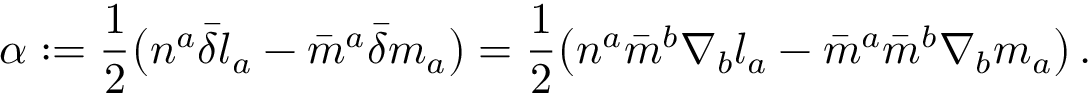
\alpha : = { \frac { 1 } { 2 } } { \big ( } n ^ { a } { \bar { \delta } } l _ { a } - { \bar { m } } ^ { a } { \bar { \delta } } m _ { a } { \big ) } = { \frac { 1 } { 2 } } { \big ( } n ^ { a } { \bar { m } } ^ { b } \nabla _ { b } l _ { a } - { \bar { m } } ^ { a } { \bar { m } } ^ { b } \nabla _ { b } m _ { a } { \big ) } \, .